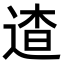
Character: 𨓳